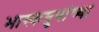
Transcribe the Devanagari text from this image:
भास्कबुवांच्या